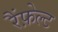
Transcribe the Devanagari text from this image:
रैंफ़ेल्ट